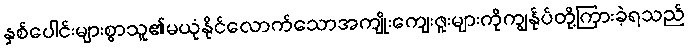
နှစ်ပေါင်းများစွာသူ၏မယုံနိုင်လောက်သောအကျိုးကျေးဇူးများကိုကျွန်ုပ်တို့ကြားခဲ့ရသည်